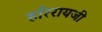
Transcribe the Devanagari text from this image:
हरिरायजी